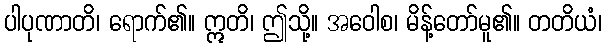
ပါပုဏာတိ၊ ရောက်၏။ ဣတိ၊ ဤသို့။ အဝေါစ၊ မိန့်တော်မူ၏။ တတိယံ၊